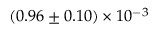
( 0 . 9 6 \pm 0 . 1 0 ) \times 1 0 ^ { - 3 }